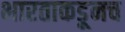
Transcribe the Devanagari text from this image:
भारताकडूनच